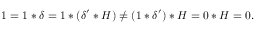
1 = 1 \ast \delta = 1 \ast ( \delta ^ { \prime } \ast H ) \neq ( 1 \ast \delta ^ { \prime } ) \ast H = 0 \ast H = 0 .